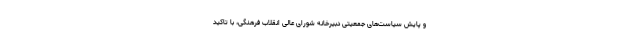
و پایش سیاست‌های جمعیتی دبیرخانه شورای عالی انقلاب فرهنگی، با تاکید